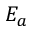
E _ { a }